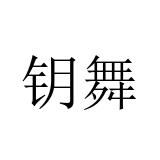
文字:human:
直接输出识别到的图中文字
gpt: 钥舞